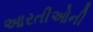
આરતીઓની